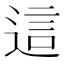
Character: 這